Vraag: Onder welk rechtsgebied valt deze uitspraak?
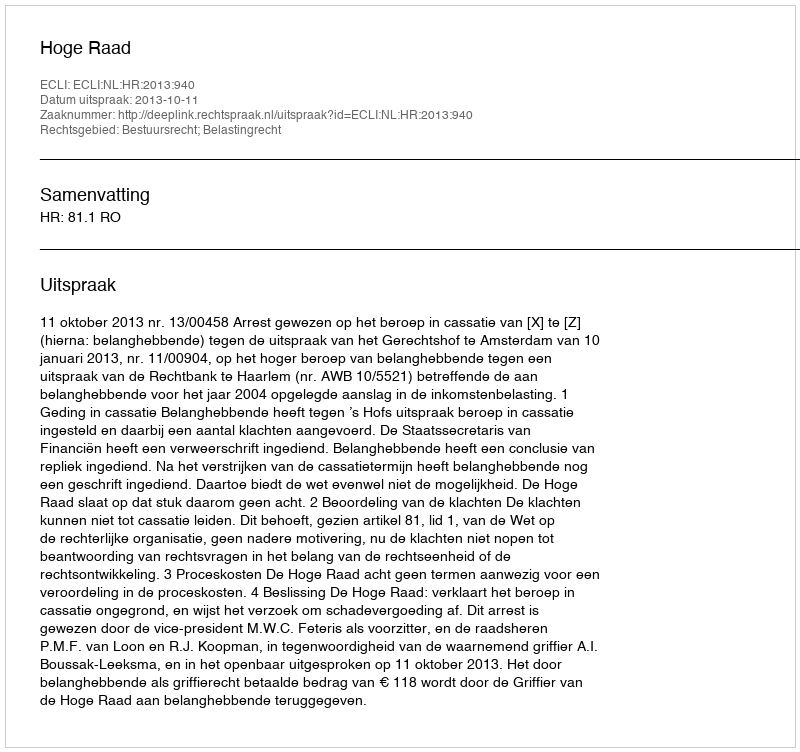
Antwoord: Bestuursrecht; Belastingrecht